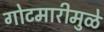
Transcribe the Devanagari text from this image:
गोटमारीमुळे